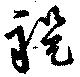
禔